Plague in India, 1896, 1897 - Volume 2
Year: 1896
Disease focus: Plague
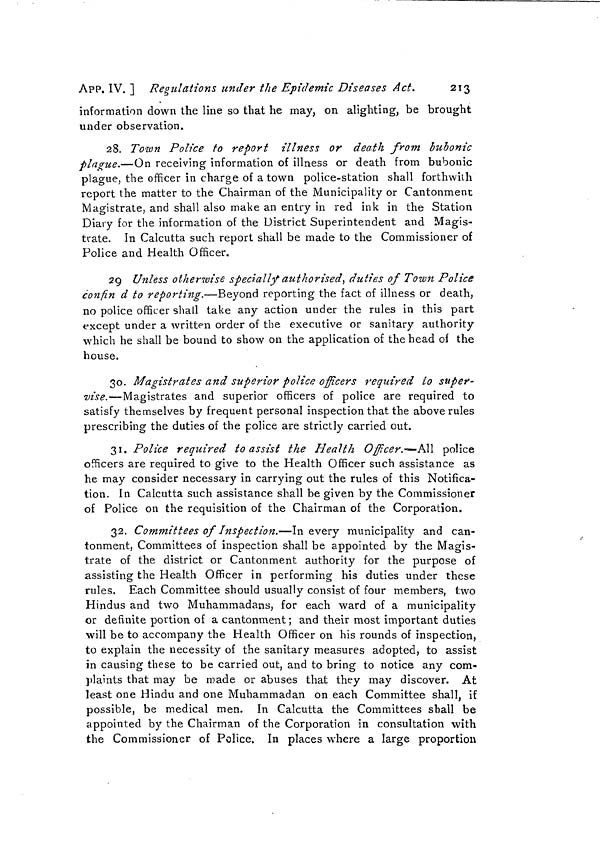
250
Measures to prevent the
[ APP. IX.
No. 67.
Telegram, dated Bombay, the 25th February 1897.
From—The Secretary to the Government of Bombay, General Depart-
ment,
To—Thé Secretary to the Government bf India, Home Department.
Your telegram 683 of 22nd. Aden Quarantine Rules. If Govern-
ment, India, are satisfied, this Government is satisfied. But desire to
draw attention to Private Secretary to Governor's telegram of l7th
and to fact that it is not clear under present rules whether a vessel
even with plague on board may escape quarantine if desiring to
continue her voyage ; for example the pilgrim ship Pekin, which had
had plague cases, escaped quarantine.
No. 68.
Telegram No. 889, dated Calcutta, the 9th March 1897.
From—The Secretary to the Government of India, Home Department,
To—The Secretary to the Government of Bombay, General Department.
Your telegram dated 25th February. Aden Quarantine Rules.
My telegram 824, dated 5th March, states that Government of India
do not consider that there should be compulsory inspection or deten-
tion at Aden. There would therefore seem now to be no objection to
modify Aden Quarantine Rules in manner suggested by Legal
Remembrancer to give effect to orders issued in Bombay Government
Notification 583, : dated 3rd February.
No. 69.
Telegram, dated the 13th March 1897.
From—The Secretary to the Government of Bombay, General Depart-
ment,
To—The Secretary to the Government of India, Home Department.
Please see Aden Quarantine Notifications 987, of 23rd ultimo, and
583, dated 3rd idem. Resident, Aden, wires : Begins. Your tele-
gram of yesterday. Can Port Surgeon go on board a ship in quaran-
tine without being compromised? Modified rule three would seem to
conflict with Notification 583, which enjoins ten days' quarantine
against infected ports to which both notifications alone refer. Inspec-
tion of ships seems quite unnecessary so long as quarantine exists.—
Ends. Port Health Officers MacCartie and Crimmin here agree that
if Port Surgeon boards a ship in quarantine, he is compromised ; we
have therefore wired Aden pending further orders not to allow Port
Surgeon to board any ships till ten days of quarantine counting from
date of leaving Bombay and Karachi have expired. Orders solicited.
The rules will require redrafting, and it is proposed to act on present
rules as modified and partly superseded by Notification 583 till new
rules can be drafted and submitted by Resident.